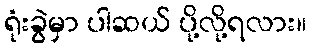
ရုံးခွဲမှာ ပါဆယ် ပို့လို့ရလား။